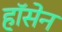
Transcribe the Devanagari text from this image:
हॉसेन